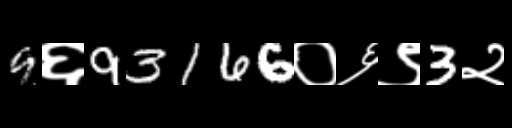
Text: 9६93166०६९3२